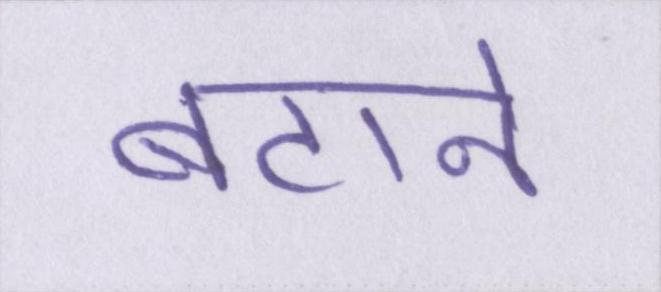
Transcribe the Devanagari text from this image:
बटाने